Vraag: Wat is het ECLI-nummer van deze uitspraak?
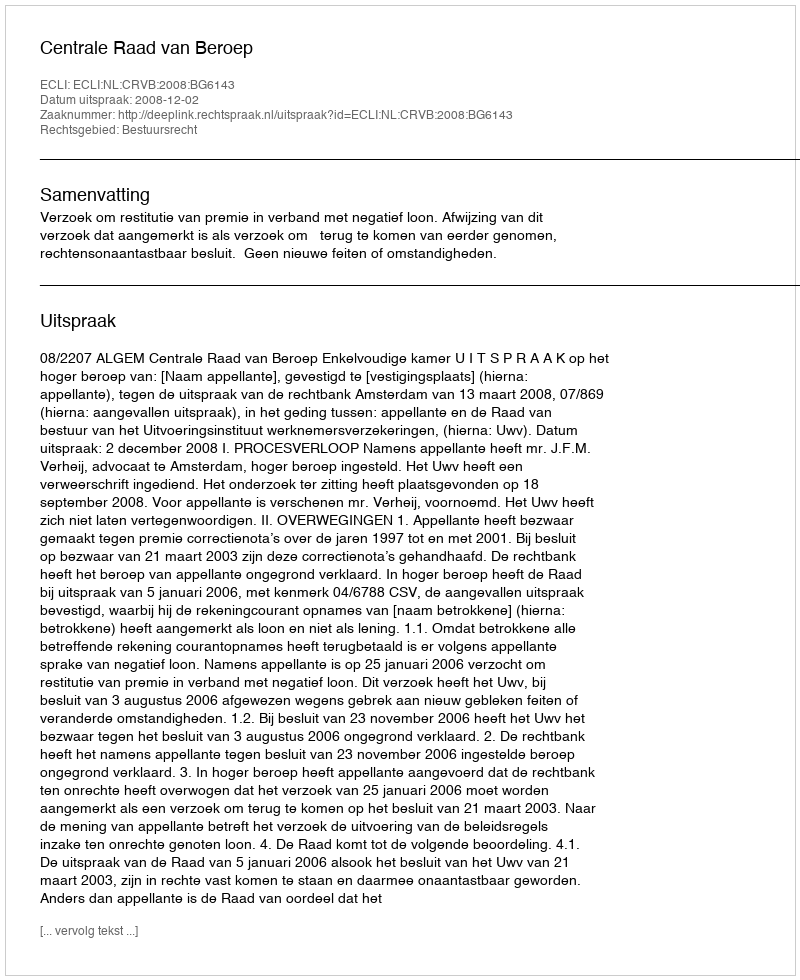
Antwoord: ECLI:NL:CRVB:2008:BG6143